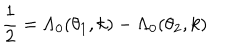
\frac { 1 } { 2 } = \Lambda _ { 0 } ( \theta _ { 1 } , k ) - \Lambda _ { 0 } ( \theta _ { 2 } , k )